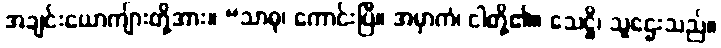
အချင်းယောကျ်ားတို့အား။ “သာဓု၊ ကောင်းပြီ။ အမှာကံ၊ ငါတို့၏။ သေဋ္ဌိ၊ သူဌေးသည်။